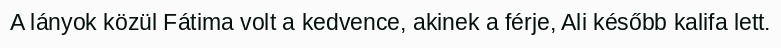
A lányok közül Fátima volt a kedvence, akinek a férje, Ali később kalifa lett.